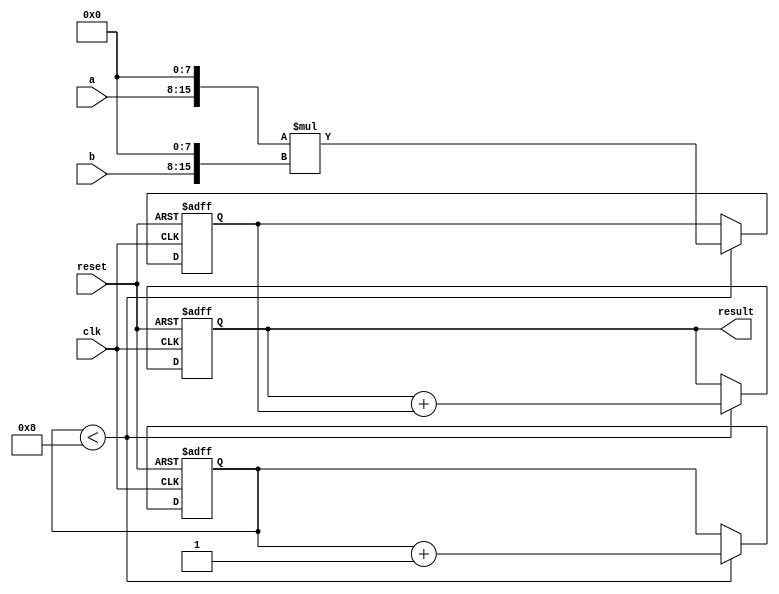
module sequential_multiplier(
    input clk,
    input reset,
    input [7:0] a,
    input [7:0] b,
    output reg [15:0] result
);

reg [15:0] product;
reg [3:0] count;

always @ (posedge clk or posedge reset) begin
    if (reset) begin
        product <= 16'b0;
        count <= 4'b0;
        result <= 16'b0;
    end else begin
        if (count < 8) begin
            product <= {a, 8'b0} * {b, 8'b0};
            result <= result + product;
            count <= count + 1;
        end
    end
end

endmodule